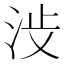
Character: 𪵺